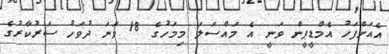
އެއަށްފަހު އެމްޑީޕީން ވަނީ އެ މައްސަލަ މިމަހުގެ 18 ވަނަ ދުވަހު ސަރުކާރުގެ